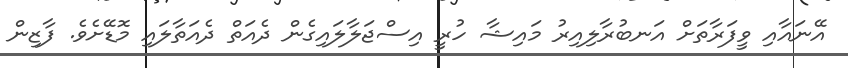
އޭނައާއި ވީފަރާތަށް އަނބުރާލިއިރު މައިޝާ ހުރީ އިސްޖަލާލައިގެން ދެއަތް ދެއަތާލައި މޮޑޭށެވެ. ފާޒިން